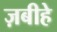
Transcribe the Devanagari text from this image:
ज़बीहे